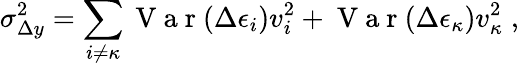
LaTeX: \sigma_{\Delta y}^{2}=\sum_{i\neq\kappa}\mathrm{~V~a~r~}(\Delta\epsilon_{i})v_{i}^{2}+\mathrm{~V~a~r~}(\Delta\epsilon_{\kappa})v_{\kappa}^{2}\; ,